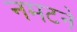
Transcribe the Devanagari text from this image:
नमटने